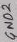
Text: GND2